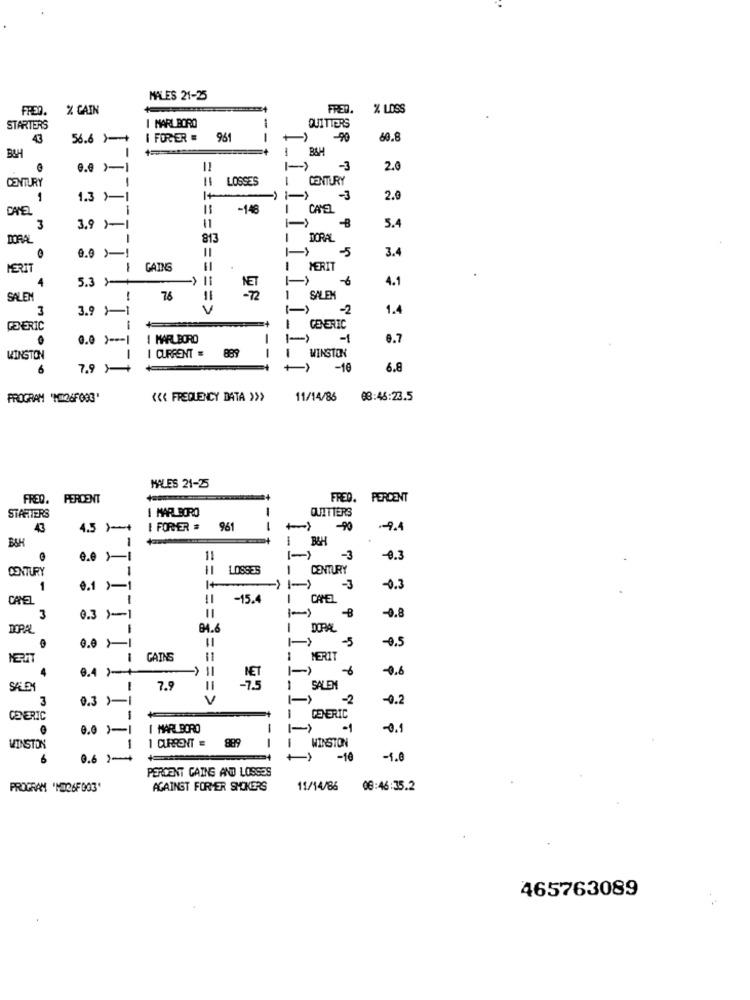
MALES 21-25
FRED.
% CAIN
FRED.
% LOSS
I MARLBORO
QUITTERS
STARTERS
43
56.6 )
I FORHER .
961
- -
-90
60.8
BSH
0.0 )-1
-3
2.0
==
LOSSES
CENTURY
CENTURY
1
1.3 )-1
1+
->
-3
2.0
DAVEL
-148
I CAMEL
11
3
3.9 >-1
-B
5.4
DORAL
813
DORAL
-5
3.4
GAINS
I MERIT
->
4.1
4
5.3 >+
SALEM
-
76
1 SALEM
3
3.9 1-1
==== >
-2
1.4
GENERIC
-
GENERIC
0.0 ) --- 1
I MARLBORO
-1
6.7
WINSTON
WINSTON
I CURRENT =
889
1
6
7.9 +
-10
6.8
PROGRAM 'MI26F003'
‹‹ FREQUENCY DATA >>>
11/14/85
08:46:23.5
MALES 21-25
FRED. PERCENT
FRED. PERCENT
I MAR BORO
-
QUITTERS
STARTERS
43
4.5 )-+
I FORMER #
961
-
-90
.- 9.4
BSH
1
B&H
11
-3
-0.3
CENTURY
1
LOSSES
CENTURY
1
0.1 >-1
1+
-3
-0.3
CANEL
-15.4
I CANEL
= =
-B
3
0.3 )-1
-0.8
1
BA.
11
I DOPAL
-5
-0.5
0.0 >1
1
GAINS
MERIT
1-
0.6
0.4 }
SALE
-
7.9
11
-75
1 SALEM
3
0.3 )-1
1-1
-2
-0.2
GENERIC
1
GENERIC
0.0 )-1
I MARLBORO
-0.1
1
1 CURRENT =
889
I WINSTON
WINSTON
6
0.6 1++
-10
-1.0
PERDENT CAING AND LOSSES
PROGRAM 'MO26F003'
AGAINGT FORMER SMOKERS
11/14/86
08:46:35.2
465763089